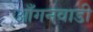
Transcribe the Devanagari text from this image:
आँगनवाडी